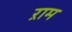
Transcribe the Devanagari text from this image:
ऱाम